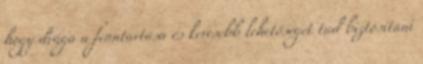
hogy drága a fenntartása és kevesebb lehetőséget tud biztosítani